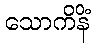
သောကိနိံ